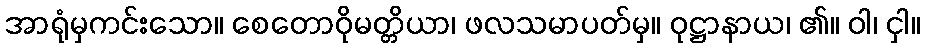
အာရုံမှကင်းသော။ စေတောဝိုမတ္တိယာ၊ ဖလသမာပတ်မှ။ ဝုဋ္ဌာနာယ၊ ၏။ ဝါ၊ ငှါ။